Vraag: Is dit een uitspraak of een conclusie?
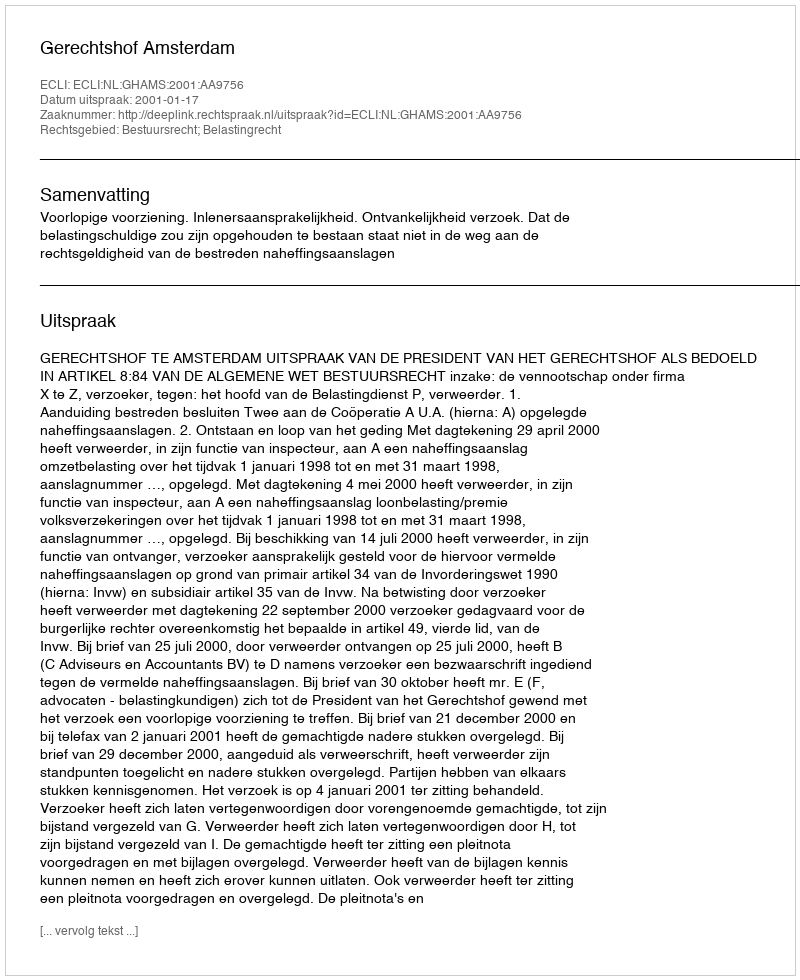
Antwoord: Uitspraak